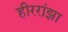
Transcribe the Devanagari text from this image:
हीररांझा